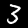
Digit: 3